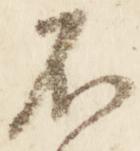
不